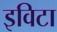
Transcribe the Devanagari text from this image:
इविटा